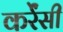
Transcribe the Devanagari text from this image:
कर्रेंसी